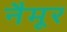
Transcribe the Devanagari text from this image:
नैमूर